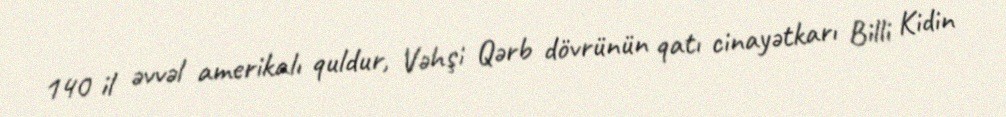
140 il əvvəl amerikalı quldur, Vəhşi Qərb dövrünün qatı cinayətkarı Billi Kidin